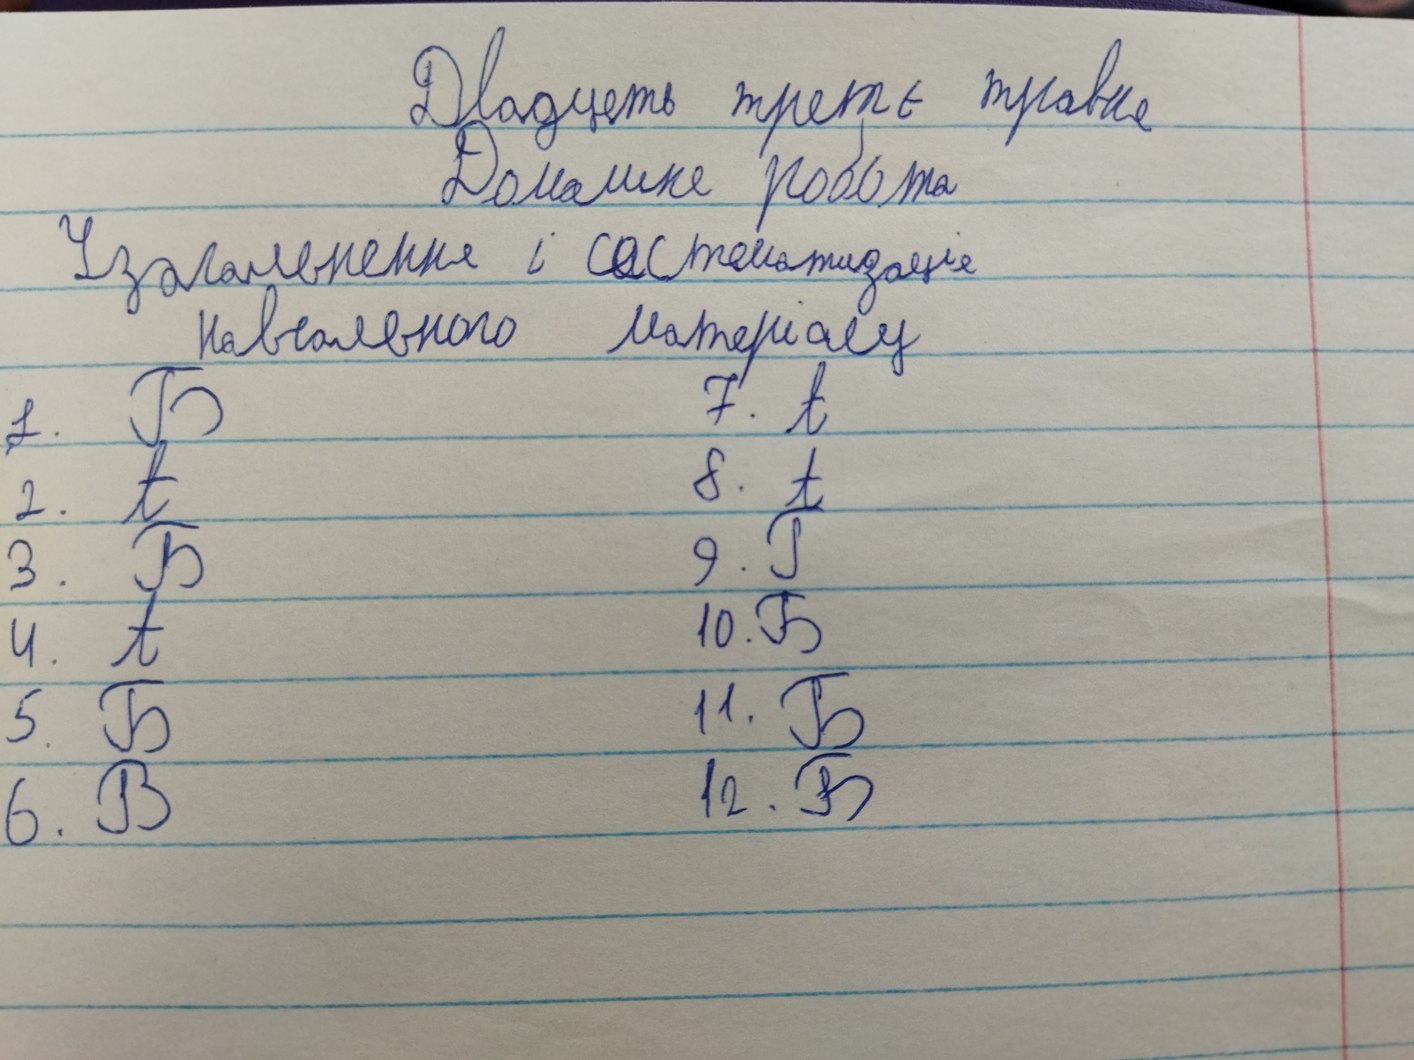
Двадцать третье травня
Домашня робота
Узагальнення і систематизація
навчального матеріалу
7. А
1. Б
8. А
2. А
9. Г
3. Б
10. Б
4. А
11. Б
5. Б
12. Б
6. В